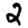
Digit: 2